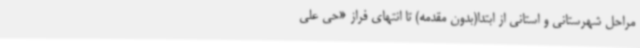
مراحل شهرستانی و استانی از ابتدا(بدون مقدمه) تا انتهای فراز «حی علی